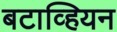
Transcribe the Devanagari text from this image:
बटाव्हियन